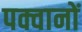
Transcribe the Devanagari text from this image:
पक्वानों